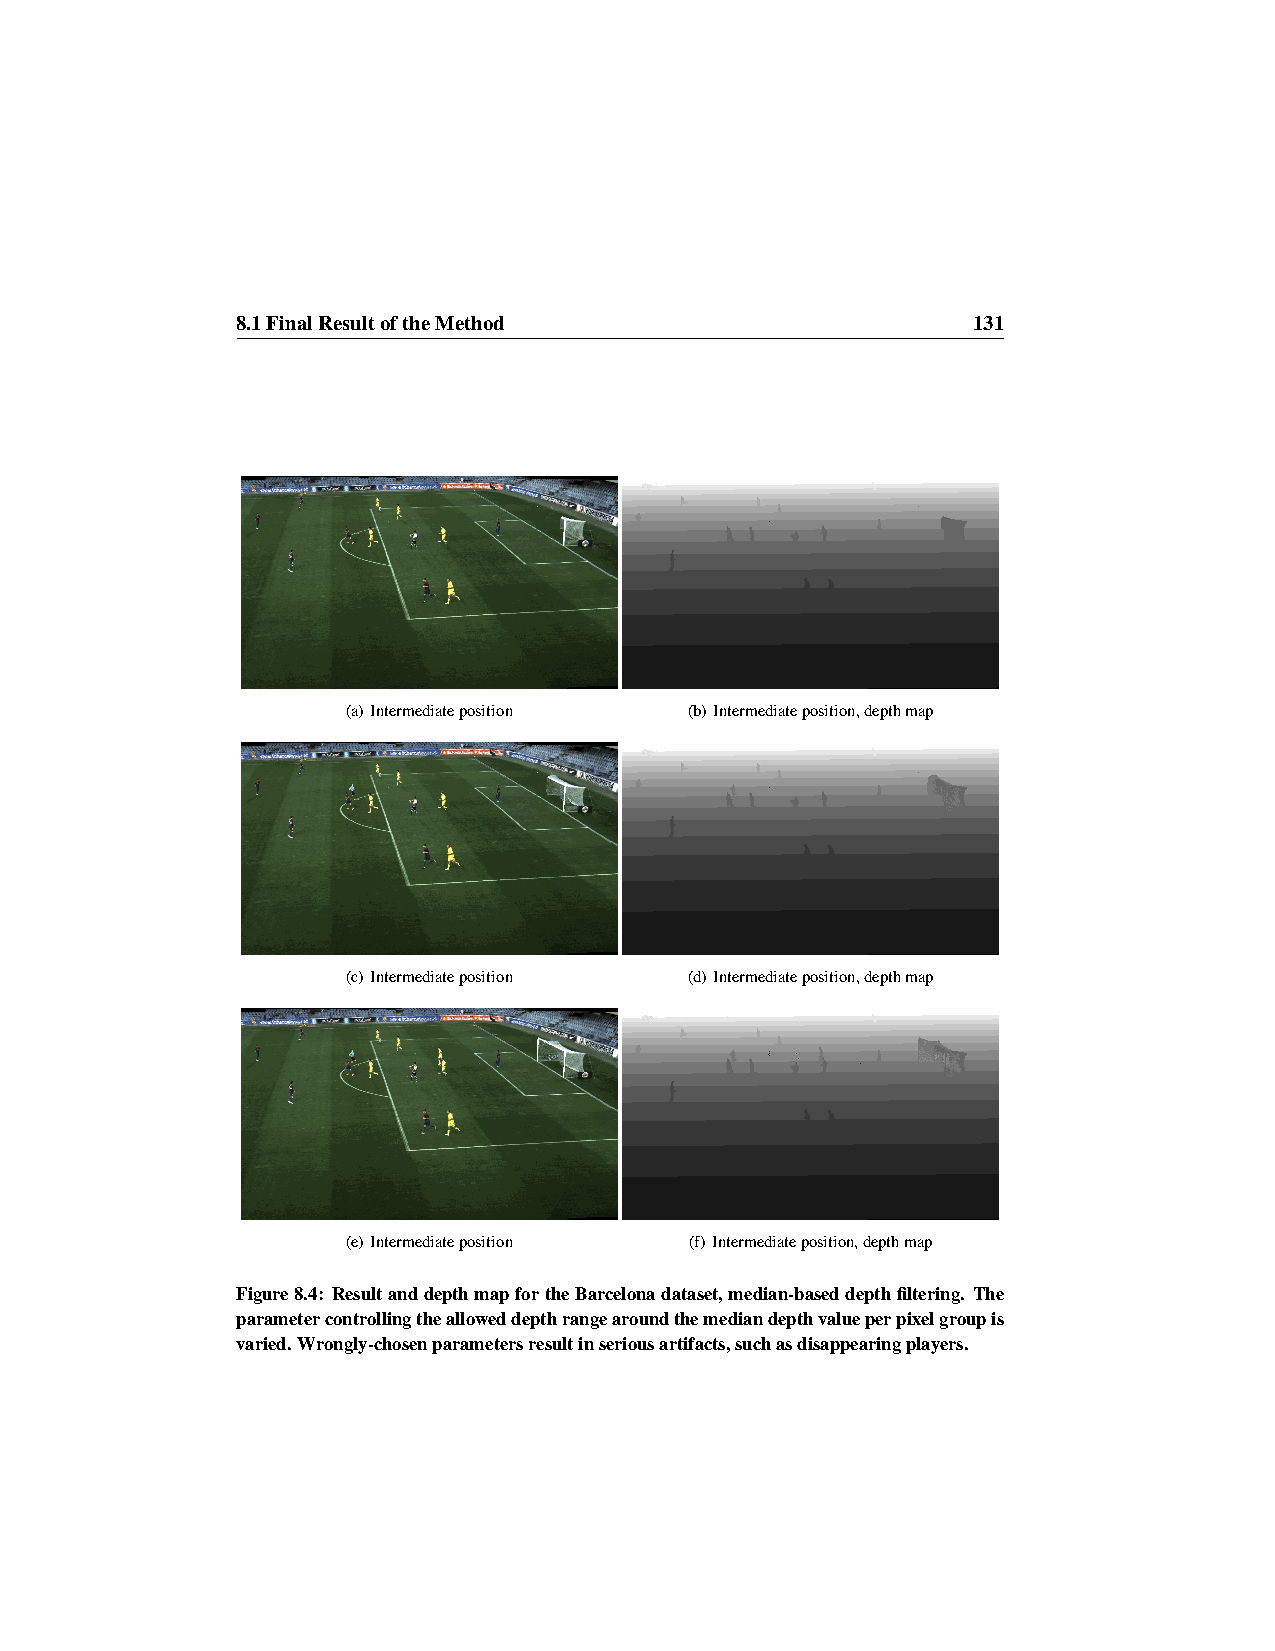
8.1FinalResultoftheMethod                       131
 (a) Intermediateposition (b) Intermediateposition,depthmap
 (c) Intermediateposition (d) Intermediateposition,depthmap
 (e) Intermediateposition (f) Intermediateposition,depthmap
 Figure8.4: ResultanddepthmapfortheBarcelonadataset,median-baseddepthfiltering. The
 parametercontrollingthealloweddepthrangearoundthemediandepthvalueperpixelgroupis
 varied.Wrongly-chosenparametersresultinseriousartifacts,suchasdisappearingplayers.